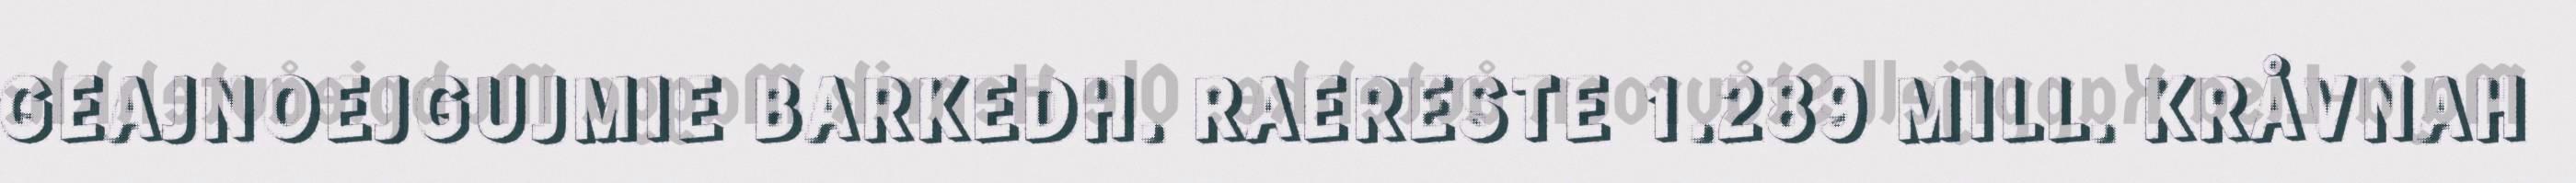
GEAJNOEJGUJMIE BARKEDH. RAERESTE 1.289 MILL. KRÅVNAH